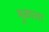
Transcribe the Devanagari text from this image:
मुळाला